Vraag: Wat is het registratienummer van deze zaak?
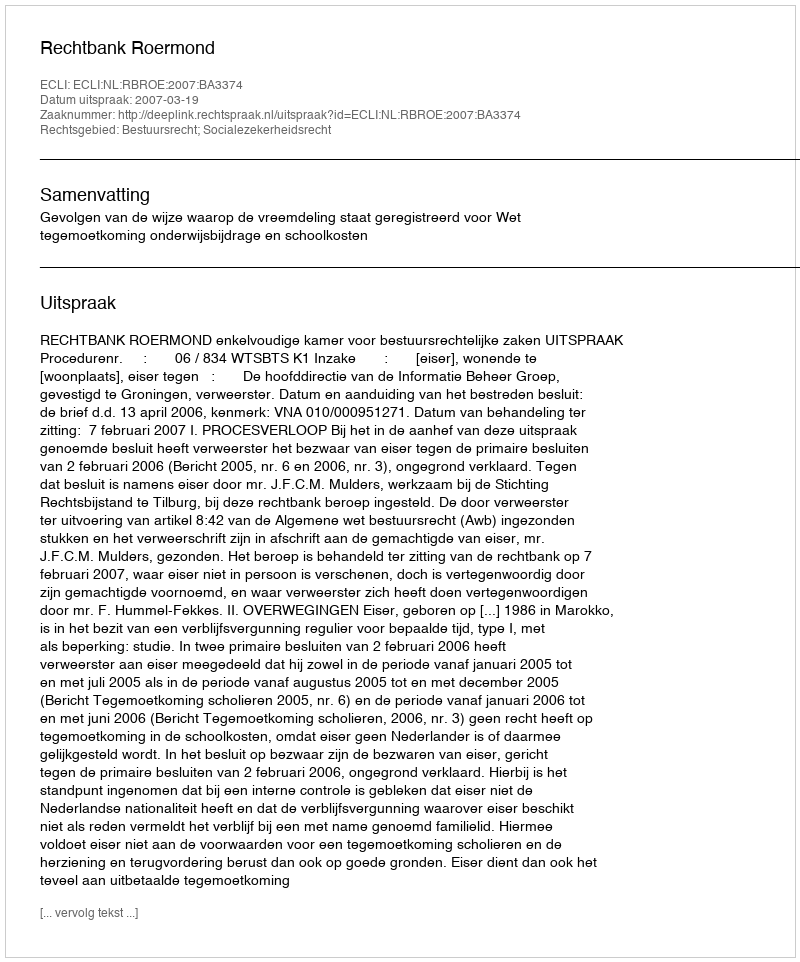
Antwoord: http://deeplink.rechtspraak.nl/uitspraak?id=ECLI:NL:RBROE:2007:BA3374